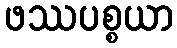
ဖဿပစ္စယာ